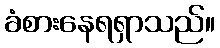
ခံစားနေရရှာသည်။